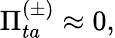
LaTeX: \Pi_{ta}^{(\pm)}\approx 0,